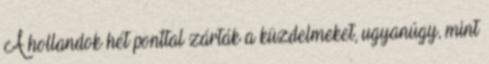
A hollandok hét ponttal zárták a küzdelmeket, ugyanúgy, mint